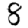
Digit: 8